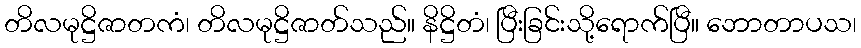
တိလမုဋ္ဌိဇာတကံ၊ တိလမုဋ္ဌိဇာတ်သည်။ နိဋ္ဌိတံ၊ ပြီးခြင်းသို့ရောက်ပြီ။ ဘောတာပသ၊